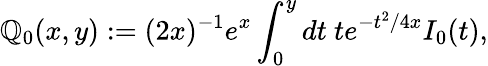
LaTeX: \mathbb{Q}_{0}(x,y):=(2x)^{-1}e^{x}\int_{0}^{y}dt~te^{-t^{2}/4x}I_{0}(t),